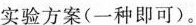
实验方案(一种即可)。